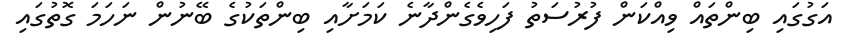
އަގުގައި ބިންތައް ވިއްކަން ފުރުސަތު ފަހިވެގެންދާނެ ކަމަށާއި ބިންތަކުގެ ބޭނުން ނަހަމަ ގޮތުގައި